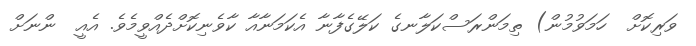
ވަރިކޮށް  ހަމަވުމުން) ތިމަންރަސްކަލާނގެ ކަލޭގެފާނާ އެކަމަނާއާ ކާވެނިކޮށްދެއްވީމެވެ. އެއީ  ންނަށް